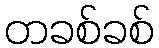
တခစ်ခစ်